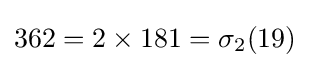
362=2\times 181=\sigma _{2}(19)